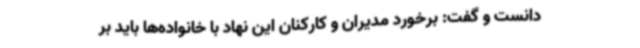
دانست و گفت: برخورد مدیران و کارکنان این نهاد با خانواده‌ها باید بر